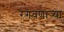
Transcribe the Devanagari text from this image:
रंगवणाऱ्या